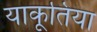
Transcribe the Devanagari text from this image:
याकूतिया